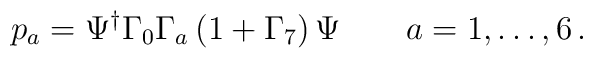
p_a = \Psi^\dagger \Gamma_0 \Gamma_a \left(1 + \Gamma_7\right) \Psi\qquad a=1,\dots,6\,.